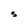
Character: S